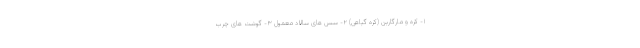
۱- کره و مارگارین (کره گیاهی) ۲- سس های سالاد معمول ۳- گوشت های چرب